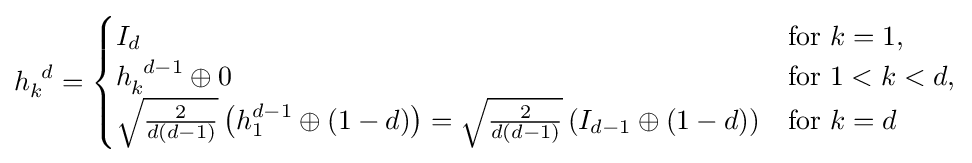
h_{k}^{\,\,\,d}={\begin{cases}I_{d}&{\text{for }}k=1,\\h_{k}^{\,\,\,d-1}\oplus 0&{\text{for }}1<k<d,\\{\sqrt {\tfrac {2}{d(d-1)}}}\left(h_{1}^{d-1}\oplus (1-d)\right)={\sqrt {\tfrac {2}{d(d-1)}}}\left(I_{d-1}\oplus (1-d)\right)&{\text{for }}k=d\end{cases}}